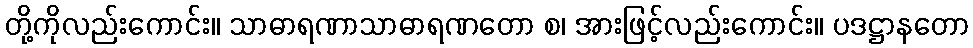
တို့ကိုလည်းကောင်း။ သာဓာရဏာသာဓာရဏတော စ၊ အားဖြင့်လည်းကောင်း။ ပဒဋ္ဌာနတော